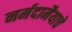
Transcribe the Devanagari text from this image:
नर्मदामैयाचे